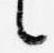
言